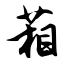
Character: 葙